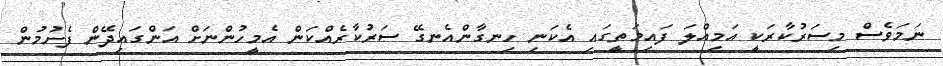
ނަމަވެސް މިސަރުކާރަކީ އަމިއްލަ ފައިމަތީގައި އެކަނި ހިނގާންއެނގޭ ސަރުކާރެއްކަން އެމީހުންނަށް އަންގައިދޭން ފެށުމުން